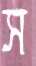
স